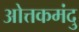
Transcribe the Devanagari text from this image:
ओत्तकमंदु